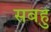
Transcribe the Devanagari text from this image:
सबहु